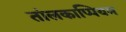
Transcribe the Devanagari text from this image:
तांलकाप्पियम